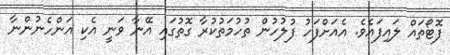
ފޮޓޯތައް ލައިފައެވެ. އެއަށްފަހު ފުލުހުން ތުހުމަތުކުރާ ގޮތުގައި އޭނާ ވަނީ އެކި އަންހެނުންނާ